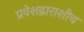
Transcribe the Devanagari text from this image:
प्रवेशद्वाराशीच